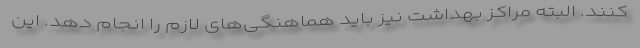
کنند. البته مراکز بهداشت نیز باید هماهنگی‌های لازم را انجام دهد. این